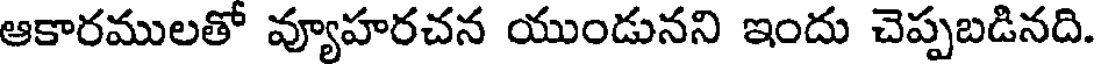
ఆకారములతో వ్యూహరచన యుండునని ఇందు చెప్పబడినది.